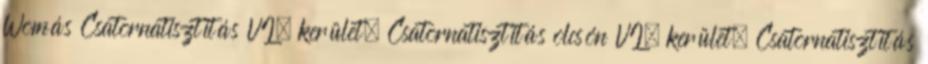
Womás Csatornatisztítás VI. kerület. Csatornatisztítás olcsón VI. kerület. Csatornatisztítás